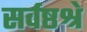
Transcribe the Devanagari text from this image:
सर्वष्ठश्रे